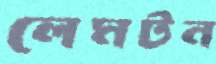
লেমটন